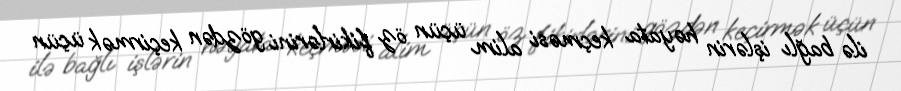
ilə bağlı işlərin həyata keçməsi alim üçün öz fikirlərini gözdən keçirmək üçün